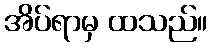
အိပ်ရာမှ ထသည်။